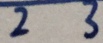
\overline { 2 3 }